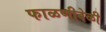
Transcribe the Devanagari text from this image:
फाळणीवेळी